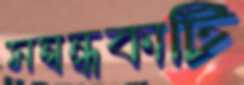
সম্বন্ধকাটি